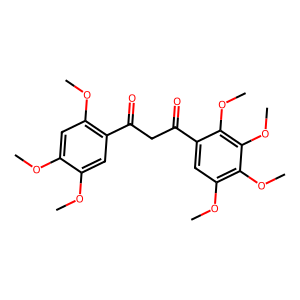
SMILES: COc1cc(OC)c(C(=O)CC(=O)c2cc(OC)c(OC)c(OC)c2OC)cc1OC
Inhibits HIV replication: No